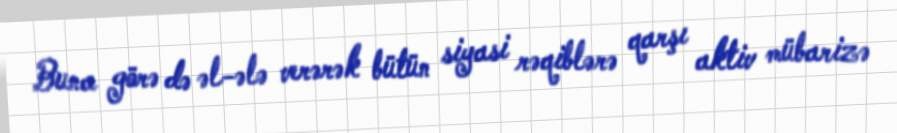
Buna görə də əl-ələ verərək bütün siyasi rəqiblərə qarşı aktiv mübarizə